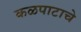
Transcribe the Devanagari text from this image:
कळपाटाचे